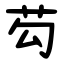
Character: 芶